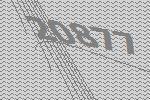
20877